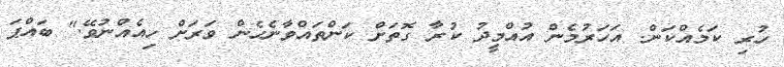
ހުރި ކަމެއްކަން. އަހަރުމެން އުއްމީދު ކުރާ ގޮތަށް ކަންތައްވާނެހެން ވަރަށް ހިއެއްނުވޭ." ބައްޕަ